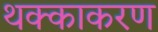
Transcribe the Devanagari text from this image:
थक्काकरण